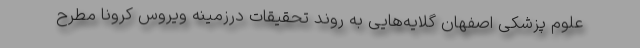
علوم پزشکی اصفهان گلایه‌هایی به روند تحقیقات درزمینه ویروس کرونا مطرح